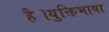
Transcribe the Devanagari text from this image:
है।युक्तिभाषा